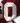
0